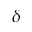
\delta